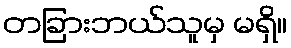
တခြားဘယ်သူမှ မရှိ။